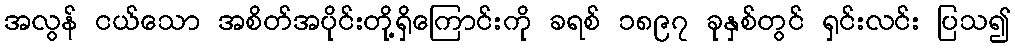
အလွန် ငယ်သော အစိတ်အပိုင်းတို့ရှိကြောင်းကို ခရစ် ၁၈၉၇ ခုနှစ်တွင် ရှင်းလင်း ပြသ၍